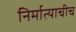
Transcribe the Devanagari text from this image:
निर्मात्याचीच